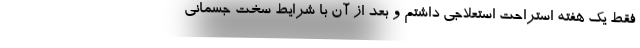
فقط یک هفته استراحت استعلاجی داشتم و بعد از آن با شرایط سخت جسمانی